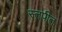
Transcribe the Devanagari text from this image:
स्तपीत